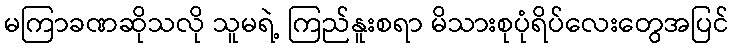
မကြာခဏဆိုသလို သူမရဲ့ ကြည်နူးစရာ မိသားစုပုံရိပ်လေးတွေအပြင်